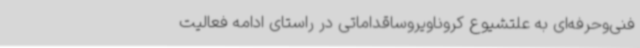
فنی‌وحرفه‌ای به علتشیوع کروناویروساقداماتی در راستای ادامه فعالیت